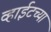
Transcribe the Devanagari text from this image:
व्हाईटच्या